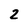
Character: 2